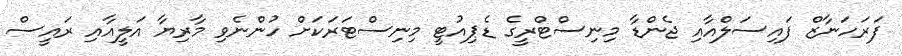
ފަރަހަނާޒް ފައިސަލްއާއި ޖެންޑާ މިނިސްޓްރީގެ ޑެޕިއުޓީ މިނިސްޓަރަކަށް ހުންނެވި މާރިޔާ އަލީއާއި ރައީސް